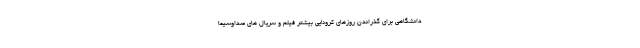
دانشگاهی برای گذراندن روزهای کرونایی بیشتر فیلم و سریال­ های صداوسیما